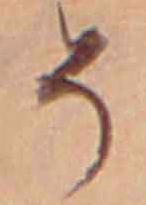
そ